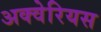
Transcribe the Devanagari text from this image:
अक्वेरियस